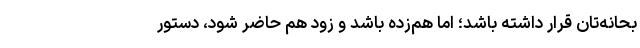
بحانه‌تان قرار داشته باشد؛ اما هم‌زده باشد و زود هم حاضر شود، دستور